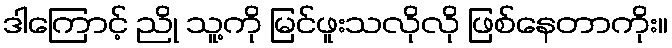
ဒါကြောင့် ညို သူ့ကို မြင်ဖူးသလိုလို ဖြစ်နေတာကိုး။